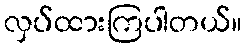
လှပ်ထားကြပါတယ်။